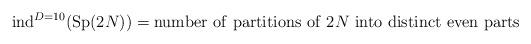
LaTeX: \begin{align*}\;\;\; {\rm ind}^{D=10}({\rm Sp}(2N))={\rm number~of~partitions~of}~2 N~{\rm into~distinct~even~parts}\end{align*}